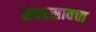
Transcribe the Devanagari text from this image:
अंतरस्रावचा